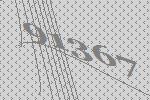
91367